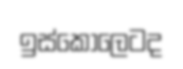
ඉස්කෝලෙටද